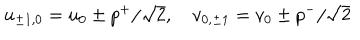
u _ { \pm 1 , 0 } = u _ { 0 } \pm p ^ { + } / \sqrt { 2 } , \quad v _ { 0 , \pm 1 } = v _ { 0 } \pm p ^ { - } / \sqrt { 2 }